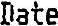
DATE